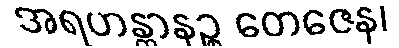
အရဟန္တာနဉ္စ တေဇေန၊